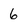
Character: 6